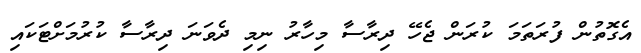
އެގޮތުން ފުރަތަމަ ކުރަން ޖެހޭ ދިރާސާ މިހާރު ނިމި ދެވަނަ ދިރާސާ ކުރުމަށްޓަކައި